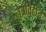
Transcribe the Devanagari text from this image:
नेत्रविहीन